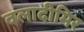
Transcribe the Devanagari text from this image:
वलादीमिर